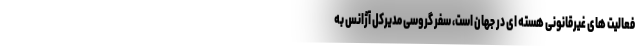
فعالیت های غیرقانونی هسته ای در جهان است، سفر گروسی مدیرکل آژانس به